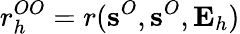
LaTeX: r_{h}^{OO}=r(\textbf{s}^{O},\textbf{s}^{O},\mathbf{E}_{h})